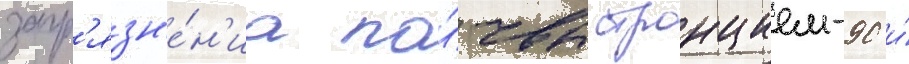
загр'язн'е́н'иа по́чвы стронцием-90 и́